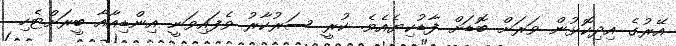
އޭރުގެ އިދިކޮޅުން ވަރަށް ބޮޑަށް ފާޑުކިޔެއެވެ. ކުރީ ސަރުކާރު ވެފައިވަނީ އިންޑިއާއާ ބީރަށްޓެހި